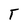
Character: T